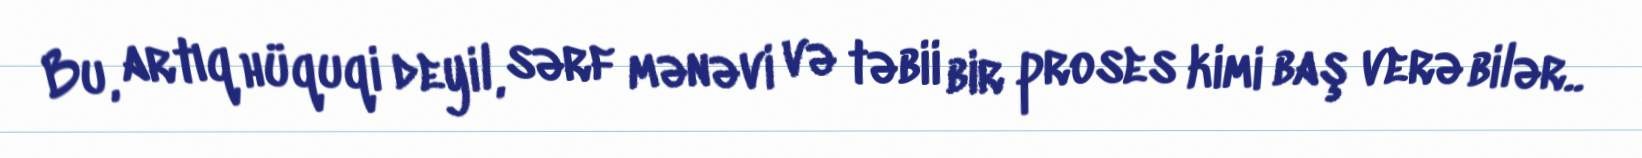
Bu, artıq hüquqi deyil, sərf mənəvi və təbii bir proses kimi baş verə bilər..